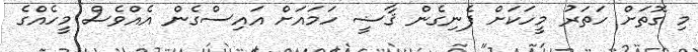
މި ގޮތަށް ހަތަރު މީހަކަށް ފެނިގެން ޤާޟީ ހަމައަށް އައިސްގެން އެއްވެސް މީހެއްގެ